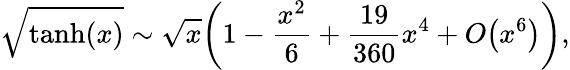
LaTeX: \sqrt{\operatorname{tanh}(x)}\sim\sqrt{x}\bigg(1-\frac{x^{2}}{6}+\frac{19}{360}x^{4}+O\big(x^{6}\big)\bigg),